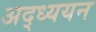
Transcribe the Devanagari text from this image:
अद्ध्ययन